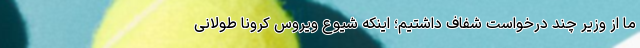
ما از وزیر چند درخواست شفاف داشتیم؛ اینکه شیوع ویروس کرونا طولانی